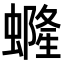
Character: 𧑟